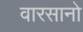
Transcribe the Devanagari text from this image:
वारसानो